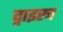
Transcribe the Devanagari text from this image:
द्नाइस्त्र